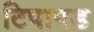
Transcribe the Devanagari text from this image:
टिपागड